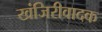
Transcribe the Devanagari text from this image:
खंजिरीवादक